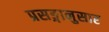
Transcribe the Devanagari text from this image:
प्रसङ्गानुसार